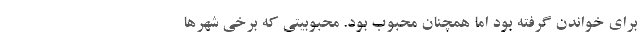
برای خواندن گرفته بود اما همچنان محبوب بود. محبوبیتی که برخی شهرها